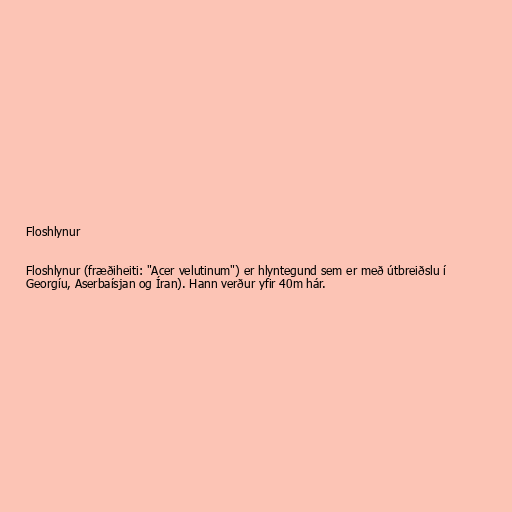
Floshlynur

Floshlynur (fræðiheiti: "Acer velutinum") er hlyntegund sem er með útbreiðslu í
Georgíu, Aserbaísjan og Íran). Hann verður yfir 40m hár.